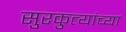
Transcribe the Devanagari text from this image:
सुरकुत्यांच्या